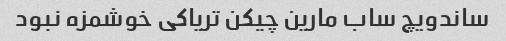
ساندویچ ساب مارین چیکن تریاکی خوشمزه نبود